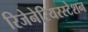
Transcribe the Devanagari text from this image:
रिजेनेरियरस्टेशन